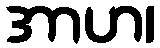
အာဟ၊